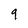
Character: 9